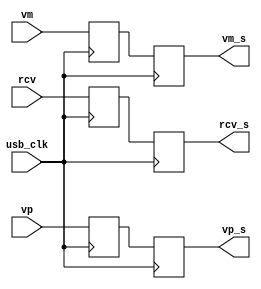
module softusb_filter(
	input usb_clk,

	input rcv,
	input vp,
	input vm,

	output reg rcv_s,
	output reg vp_s,
	output reg vm_s
);

reg rcv_s0;
reg vp_s0;
reg vm_s0;
reg rcv_s1;
reg vp_s1;
reg vm_s1;

/* synchronizer */
always @(posedge usb_clk) begin
	rcv_s0 <= rcv;
	vp_s0 <= vp;
	vm_s0 <= vm;
	rcv_s <= rcv_s0;
	vp_s <= vp_s0;
	vm_s <= vm_s0;
end

/* glitch filter */
/*reg rcv_s2;
reg vp_s2;
reg vm_s2;
always @(posedge usb_clk) begin
	rcv_s2 <= rcv_s1;
	vp_s2 <= vp_s1;
	vm_s2 <= vm_s1;

	if(rcv_s2 == rcv_s1)
		rcv_s <= rcv_s2;
	if(vp_s2 == vp_s1)
		vp_s <= vp_s2;
	if(vm_s2 == vm_s1)
		vm_s <= vm_s2;
end*/

endmodule